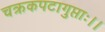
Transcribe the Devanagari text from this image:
चक्रकपटागुप्ताः।।